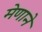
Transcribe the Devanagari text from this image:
मेणाने